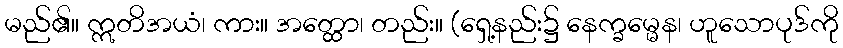
မည်၏။ ဣတိအယံ၊ ကား။ အတ္ထော၊ တည်း။ (ရှေ့နည်း၌ နေက္ခမ္မေန၊ ဟူသောပုဒ်ကို